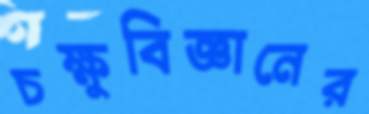
চক্ষুবিজ্ঞানের